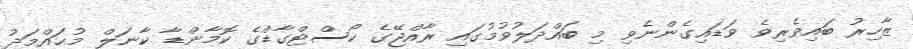
ޒާހިރު ބައިވެރިވެ ވަޑައިގެންނެވި މި ބައްދަލުވުމުގައި ރާއްޖޭގެ ކޯސްޓްގާޑްގެ ކޮމާންޑާ ކާނަލް މުޙައްމަދު